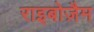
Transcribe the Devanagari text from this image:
राइबोज़ैम